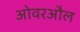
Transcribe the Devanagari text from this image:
ओवरऔल